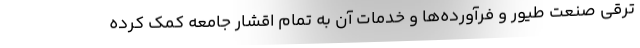
ترقی صنعت طیور و فرآورده‌ها و خدمات آن به تمام اقشار جامعه کمک کرده